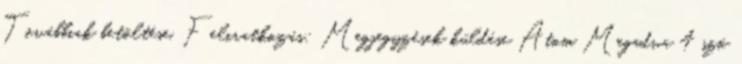
Továbbiak betöltése. Feliratkozás: Megjegyzések küldése Atom Megadva 4 szó